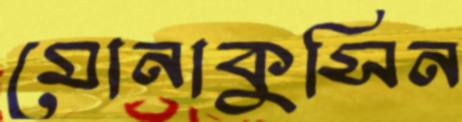
মোনাকুসিন